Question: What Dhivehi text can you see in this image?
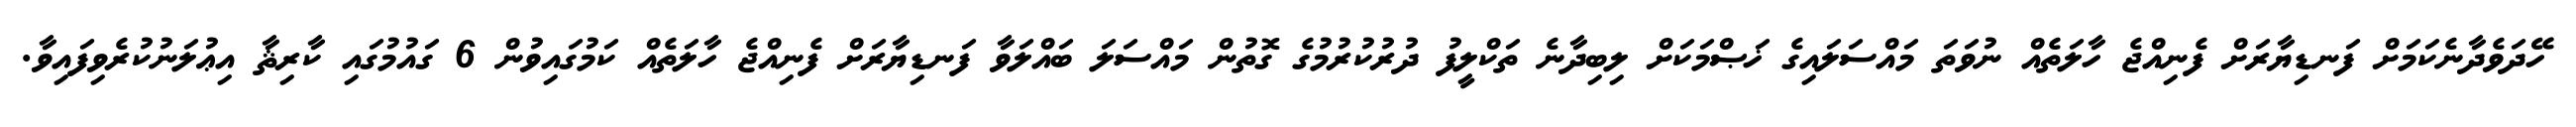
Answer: ހޭދަވެދާނެކަމަށް ފަނޑިޔާރަށް ފެނިއްޖެ ހާލަތެއް ނުވަތަ މައްސަލައިގެ ޚަޞްމަކަށް ލިބިދާނެ ތަކްލީފު ދުރުކުރުމުގެ ގޮތުން މައްސަލަ ބައްލަވާ ފަނޑިޔާރަށް ފެނިއްޖެ ހާލަތެއް ކަމުގައިވުން 6 ގައުމުގައި ކާރިޘާ އިޢުލަނުކުރެވިފައިވާ.